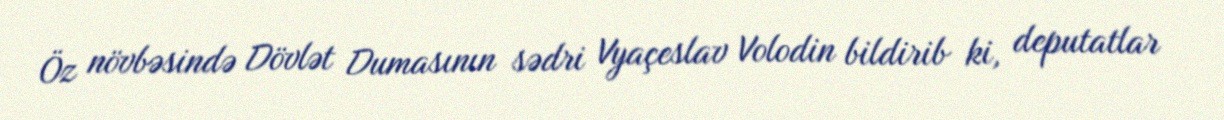
Öz növbəsində Dövlət Dumasının sədri Vyaçeslav Volodin bildirib ki, deputatlar